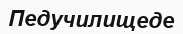
Педучилищеде